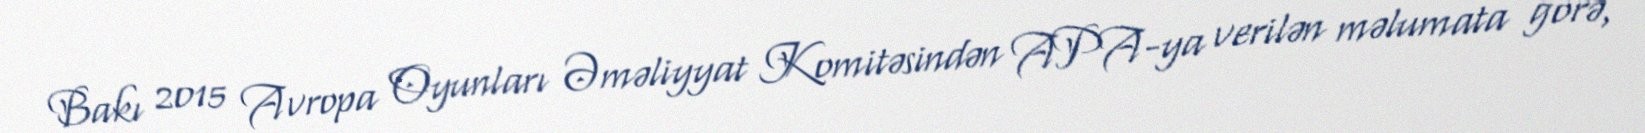
Bakı 2015 Avropa Oyunları Əməliyyat Komitəsindən APA-ya verilən məlumata görə,